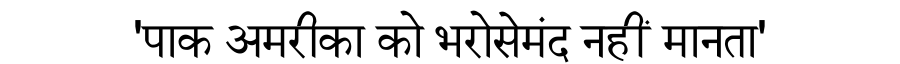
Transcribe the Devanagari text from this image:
'पाक अमरीका को भरोसेमंद नहीं मानता'